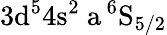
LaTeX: \mathrm{3d^{5}4s^{2}\ a\, ^{6}S_{5/2}}